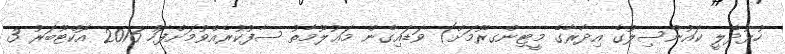
ހުޅުދެލީ ކައުންސިލުގެ އިދާރާގެ މީޓިންގރޫމަށް) ވަޑައިގެން މަޢުލޫމާތު ސާފުކުރެއްވުމަށްފަހު 2016 އޮކްޓޫބަރު 3